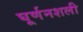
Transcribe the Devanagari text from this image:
घूर्णनशली